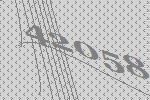
42058